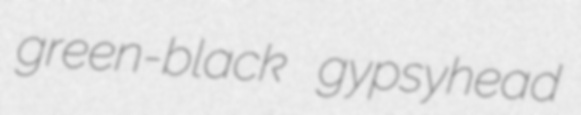
green-black gypsyhead